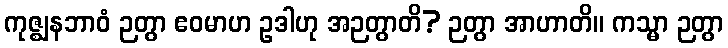
ကုဇ္ဈနဘာဝံ ဉတွာ ဧဝမာဟ ဥဒါဟု အဉတွာတိ? ဉတွာ အာဟာတိ။ ကသ္မာ ဉတွာ